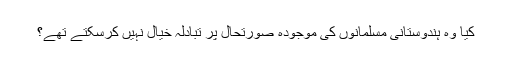
کیا وہ ہندوستانی مسلمانوں کی موجودہ صورتحال پر تبادلہ خیال نہیں کرسکتے تھے؟